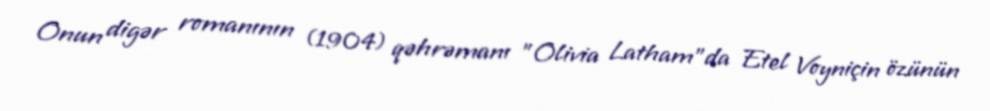
Onun digər romanının (1904) qəhrəmanı "Olivia Latham"da Etel Voyniçin özünün